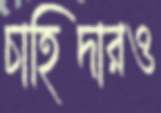
চাহিদারও